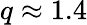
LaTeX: q\approx 1.4